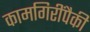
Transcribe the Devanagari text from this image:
कामगिरींपैकी